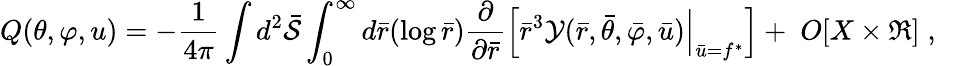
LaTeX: Q(\theta,\varphi,u)=-\frac{1}{4\pi}\int d^{2}{\bar{\cal S}}\int_{0}^{\infty}d{\bar{r}}(\log{\bar{r}})\frac{\partial}{\partial{\bar{r}}}\Bigl[{\bar{r}}^{3}{\cal Y}({\bar{r}},{\bar{\theta}},{\bar{\varphi}},{\bar{u}})\Bigl|_{{\bar{u}}=f^{*}}\Bigr]+\; O[X\times\Re]\; ,\quad